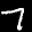
Label: 7